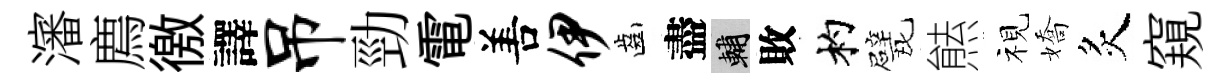
瀋廌徼譯吊勁電𠵊伊齒盡輔敗杓甓㷱视嬌炙窺